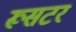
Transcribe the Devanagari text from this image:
रूसटर